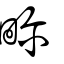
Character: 畛